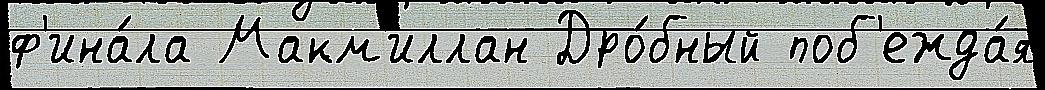
ф'ина́ла Макм'иллан Дро́бный поб'ежда́я